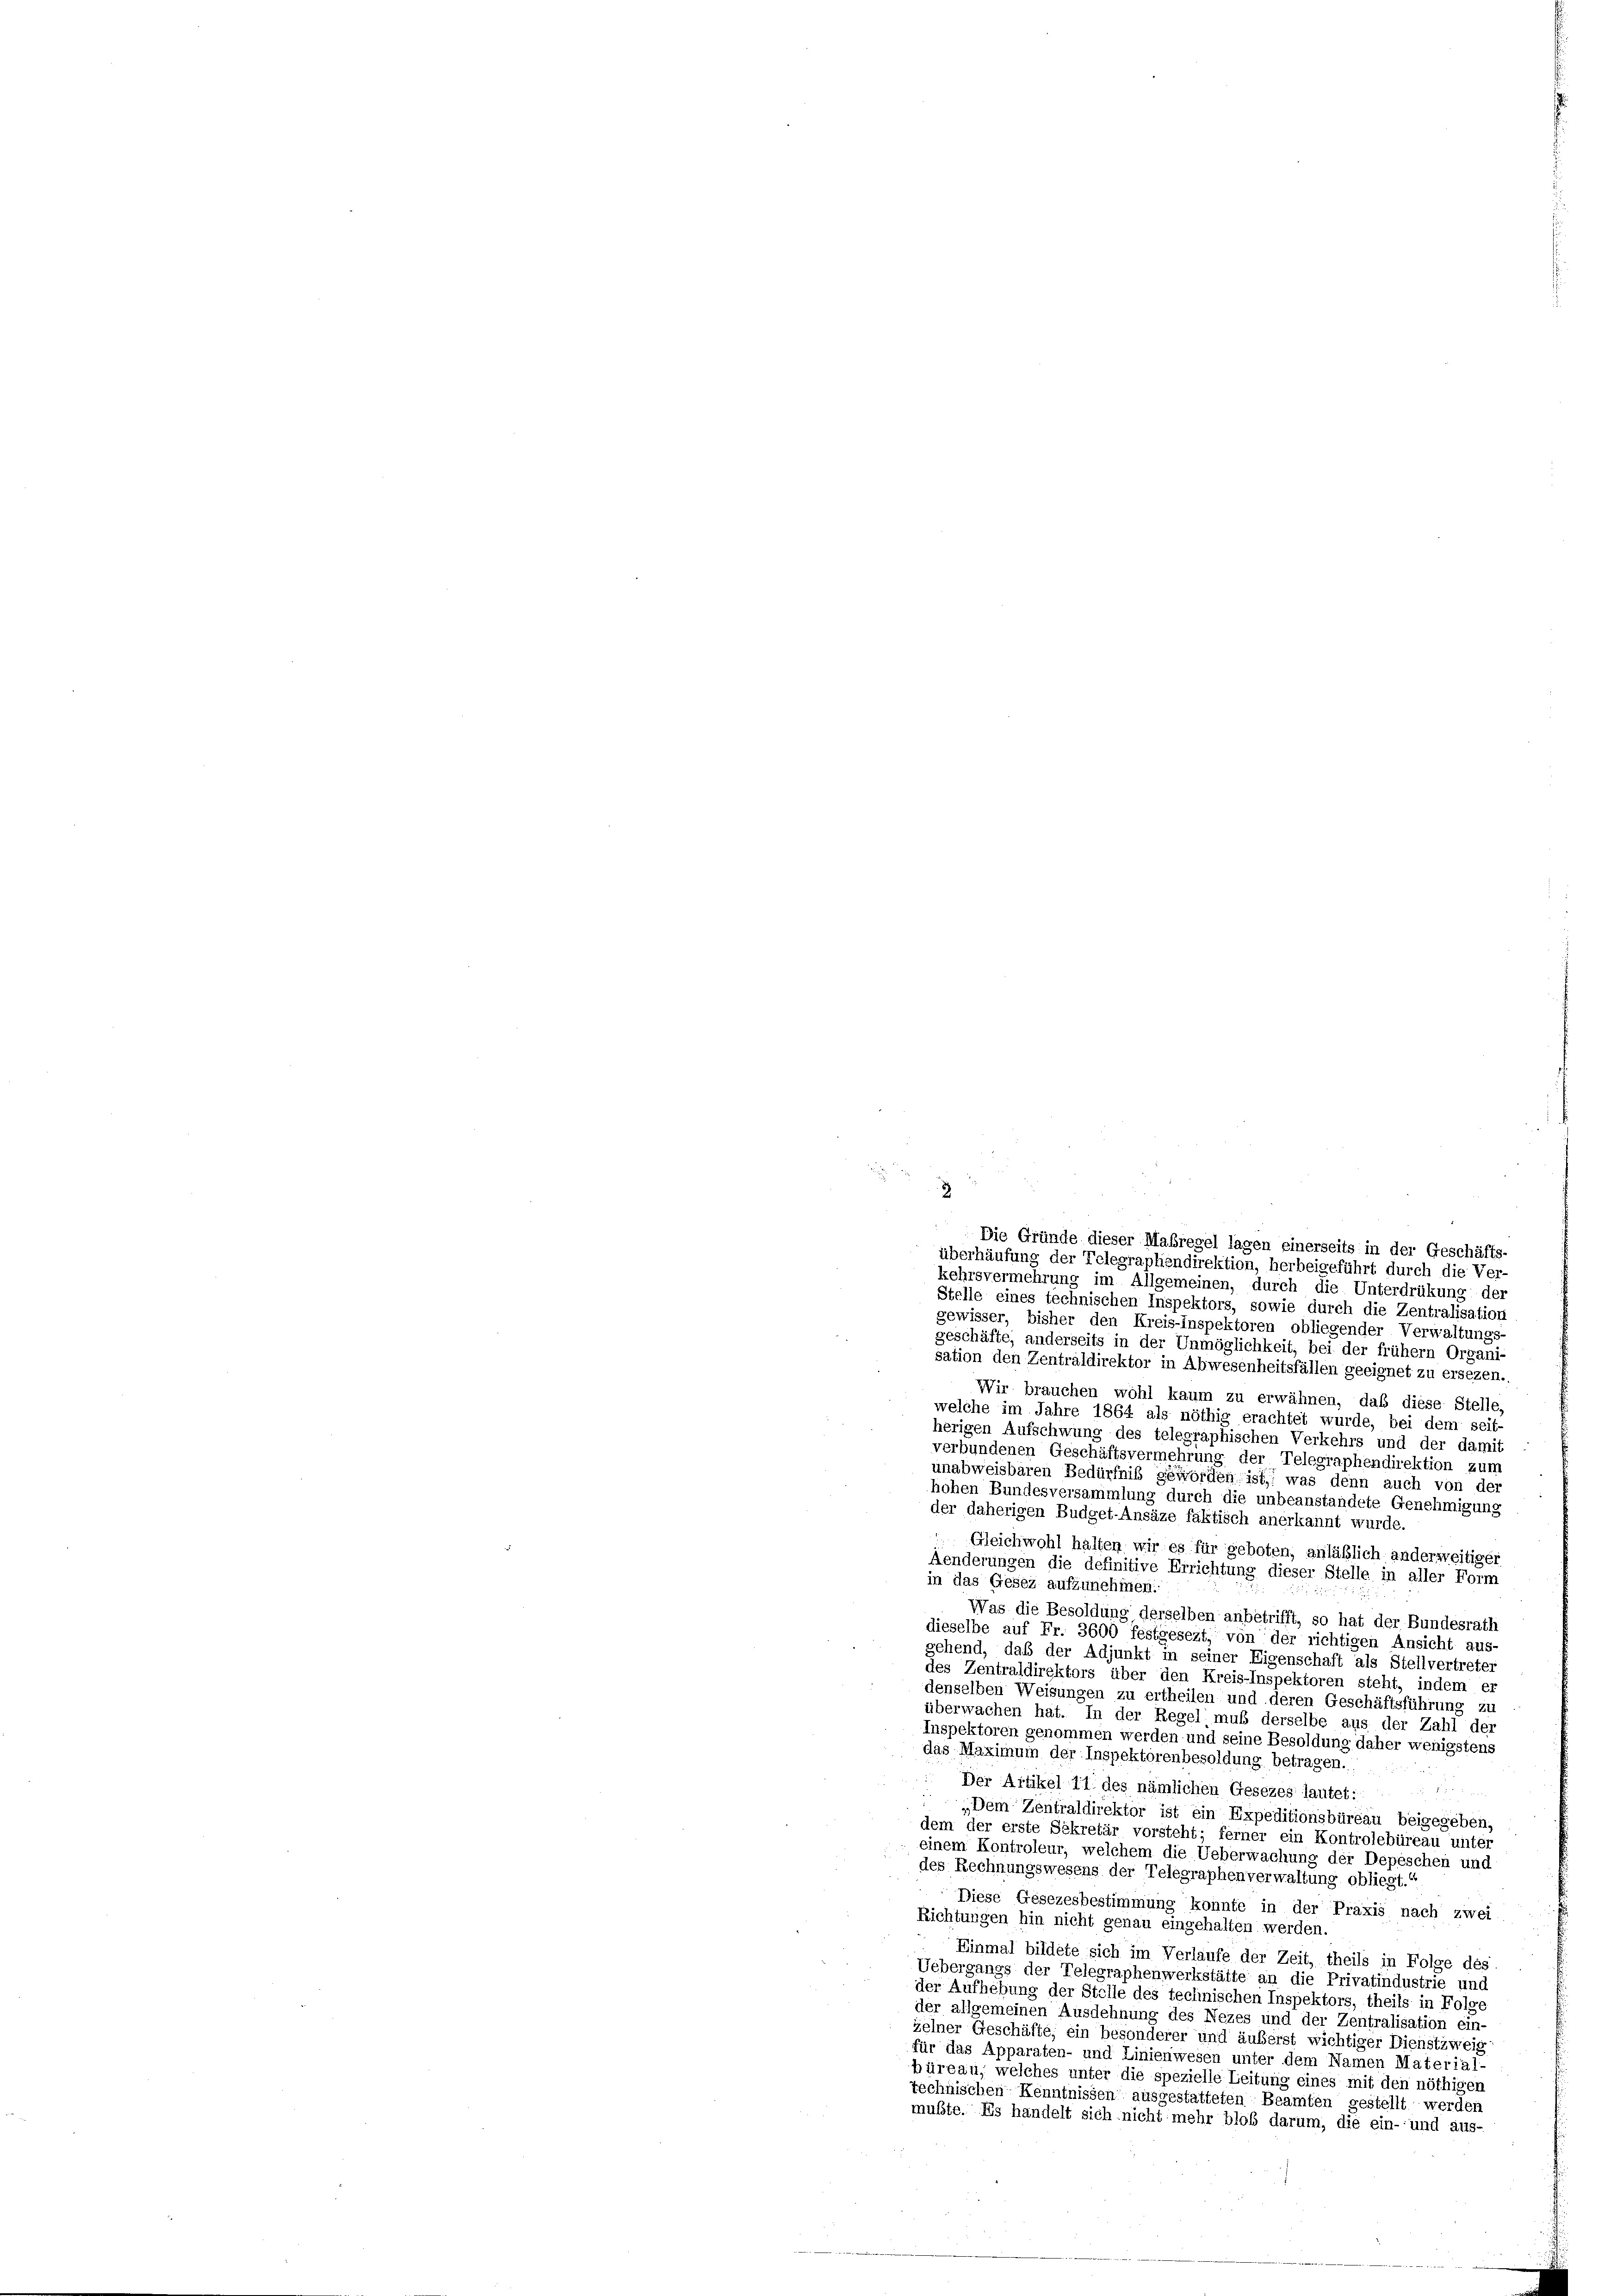
2
2
Die Gründe dieser Maßregel lagen einerseits in der Geschäfts-
überhäufung der Telegraphendirektion, herbeigeführt durch die Ver-
kehrsvermehrung im Allgemeinen, durch die Unterdrükung der

Stelle eines technischen Inspektors, sowie durch die Zentralisation
gewisser, bisher den Kreis-Inspektoren obliegender Verwaltungs-
geschäfte, anderseits in der Unmöglichkeit, bei der frühem Organi-
sation den Zentraldirektor in Abwesenheitsfällen geeignet zu ersezen.
Wir brauchen wohl kaum zu erwähnen, daß diese Stelle,
welche im Jahre 1864 als nöthig erachtet wurde, bei dem seit-
herigen Aufschwung des telegraphischen Verkehrs und der damit
verbundenen Geschäftsvermehrung der Telegraphendirektion zum
unabweisbaren Bedürfnis geworden ist, was denn auch von der
hohen Bundesversammlung durch die unbeanstandete Genehmigung
der daherigen Budget-Ansäze faktisch anerkannt wurde.
Gleichwohl halten wir es für geboten, anläßlich anderweitiger
Aenderungen die definitive Errichtung dieser Stelle in aller Form
in das Gesez aufzunehmen:
Was die Besoldung derselben anbetrifft, so hat der Bundesrath
dieselbe auf Fr. 3600 festgesezt, von der richtigen Ansicht aus-
gehend, daß der Adjunkt in seiner Eigenschaft als Stellvertreter
des Zentraldirektors über den Kreis-Inspektoren steht, indem er
denselben Weisungen zu ertheilen und deren Geschäftsführung zu
überwachen hat. In der Regel muß derselbe aus der Zahl der
Inspektoren genommen werden und seine Besoldung daher wenigstens
das Maximum der Inspektorenbesoldung betragen.
Der Artikel 11 des nämlichen Gesezes lautet:
d
e
„Dem Zentraldirektor ist ein Expeditionsbüreau beigegeben,
dem der erste Sekretär vorsteht; ferner ein Kontrolebüreau unter
einem Kontroleur, welchem die Ueberwachung der Depeschen und
des Rechnungswesens der Telegraphenverwaltung obliegt.
Diese Gesezesbestimmung konnte in der Praxis nach zwei
Richtungen hin nicht genau eingehalten werden.
Einmal bildete sich im Verlaufe der Zeit, theils in Folge des
Uebergangs der Telegraphenwerkstätte an die Privatindustrie und
der Aufhebung der Stelle des technischen Inspektors, theils in Folge
der allgemeinen Ausdehnung des Nezes und der Zentralisation ein-
zelner Geschäfte, ein besonderer und äußerst wichtiger Dienstzweig
für das Apparaten- und Linienwesen unter dem Namen Material-
büreau, welches unter die spezielle Leitung eines mit den nöthigen
technischen Kenntnissen ausgestatteten Beamten gestellt werden
mußte. Es handelt sich nicht mehr bloß darum, die ein- und aus-